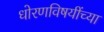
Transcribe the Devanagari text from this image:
धोरणविषयींच्या